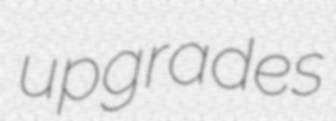
upgrades